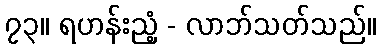
၇၃။ ရဟန်းညံ့ - လာဘ်သတ်သည်။